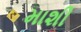
માશી